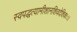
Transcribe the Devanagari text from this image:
स्वपद्धत्यामीशानशिवदेशिकः।।